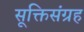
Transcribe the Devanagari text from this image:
सूक्तिसंग्रह